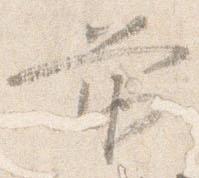
前